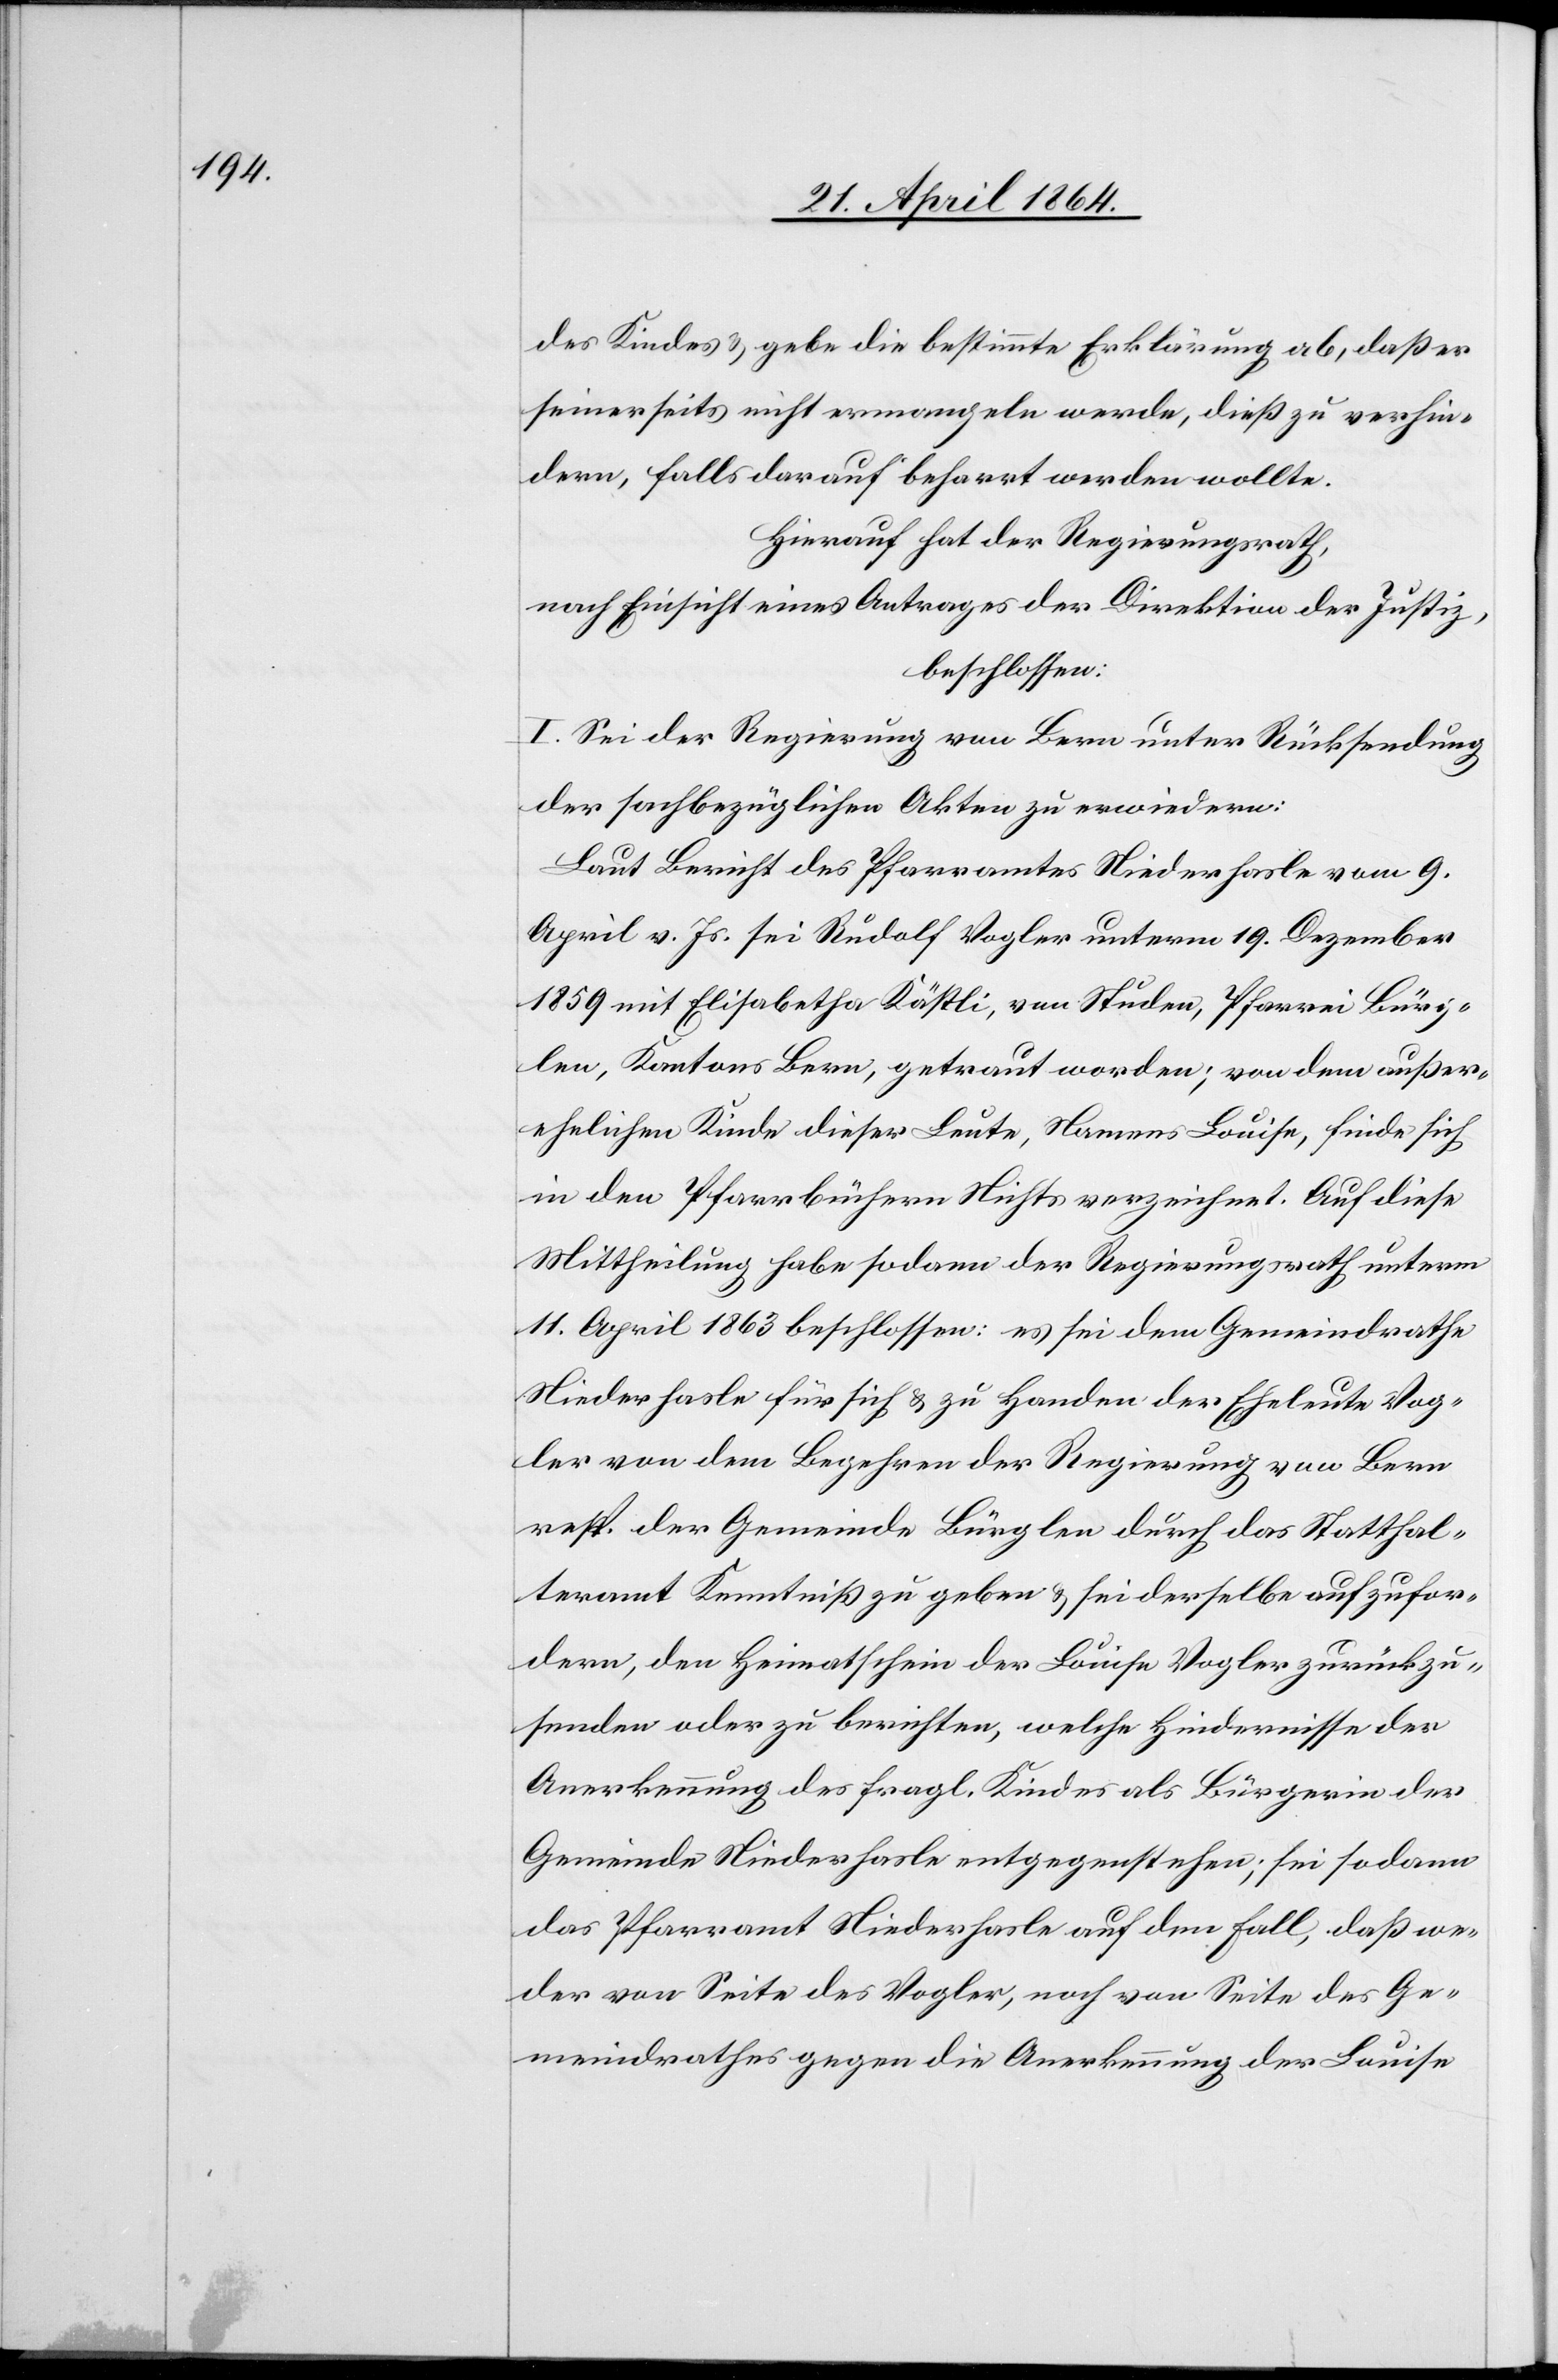
des Kindes u. gebe die bestimmte Erklärung ab, daß er
seinerseits nicht ermangeln werde, dieß zu verhin¬
dern, falls darauf beharrt werden wollte.
Hierauf hat der Regierungsrath,
nach Einsicht eines Antrages der Direktion der Justiz,
beschlossen:
I. Sei der Regierung von Bern unter Rücksendung
der sachbezüglichen Akten zu erwiedern:
Laut Bericht des Pfarramtes Niederhasle vom 9.
April v. Js. sei Rudolf Vogler unterm 19. Dezember
1859 mit Elisabetha Kästli, von Studen, Pfarrei Bürg¬
len, Kantons Bern, getraut worden; von dem außer¬
ehelichen Kinde dieser Leute, Namens Louise, finde sich
in den Pfarrbüchern Nichts verzeichnet. Auf diese
Mittheilung habe sodann der Regierungsrath unterm
11. April 1863 beschlossen: es sei dem Gemeindrathe
Niederhasle für sich u. zu Handen der Eheleute Vog¬
ler von dem Begehren der Regierung von Bern
resp. der Gemeinde Bürglen durch das Statthal¬
teramt Kenntniß zu geben u. sei derselbe aufzufor¬
dern, den Heimatschein der Louise Vogler zurückzu¬
senden oder zu berichten, welche Hindernisse der
Anerkennung des fragl. Kindes als Bürgerin der
Gemeinde Niederhasle entgegenstehen; sei sodann
das Pfarramt Niederhasle auf den Fall, daß we¬
der von Seite des Vogler, noch von Seite des Ge¬
meindrathes gegen die Anerkennung der Louise